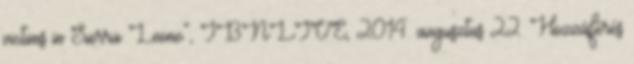
victims in Sierra Leone”, IBNLIVE, 2014. augusztus 22. Hozzáférés